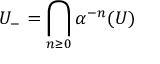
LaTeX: U _ { - } = \bigcap _ { n \geq 0 } \alpha ^ { - n } ( U )